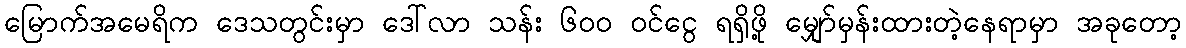
မြောက်အမေရိက ဒေသတွင်းမှာ ဒေါ်လာ သန်း ၆၀၀ ဝင်ငွေ ရရှိဖို့ မျှော်မှန်းထားတဲ့နေရာမှာ အခုတော့